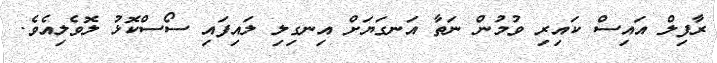
ރާފިލް އައިސް ކައިރި ވުމުން ނަތާ އަނގަޔަށް އިނގިލި ލައިފައި ސޯސްކޮޅު ލޮވެލިއެވެ.